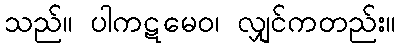
သည်။ ပါကဋမေဝ၊ လျှင်ကတည်း။